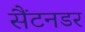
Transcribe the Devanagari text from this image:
सैंटनडर